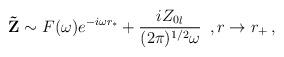
LaTeX: \begin{align*}{\bf \tilde Z} \sim F(\omega) e^{-i\omega r_*}+\frac{i {Z_0}_l}{(2\pi)^{1/2}\omega }\,\,\,, r\rightarrow r_+\,,\end{align*}